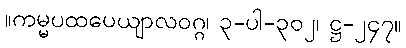
။ကမ္မပထပေယျာလဝဂ္ဂ၊ ၃-ပါ-၃၀၂၊ ဋ္ဌ-၂၄၇။